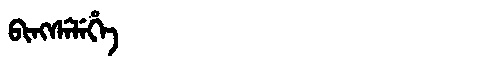
Manchu: ᠪᡳᠩᠰᡝᠯᡝᡥᡝ
Romanization: BINGSELEHE